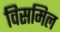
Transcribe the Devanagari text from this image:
विसमिल